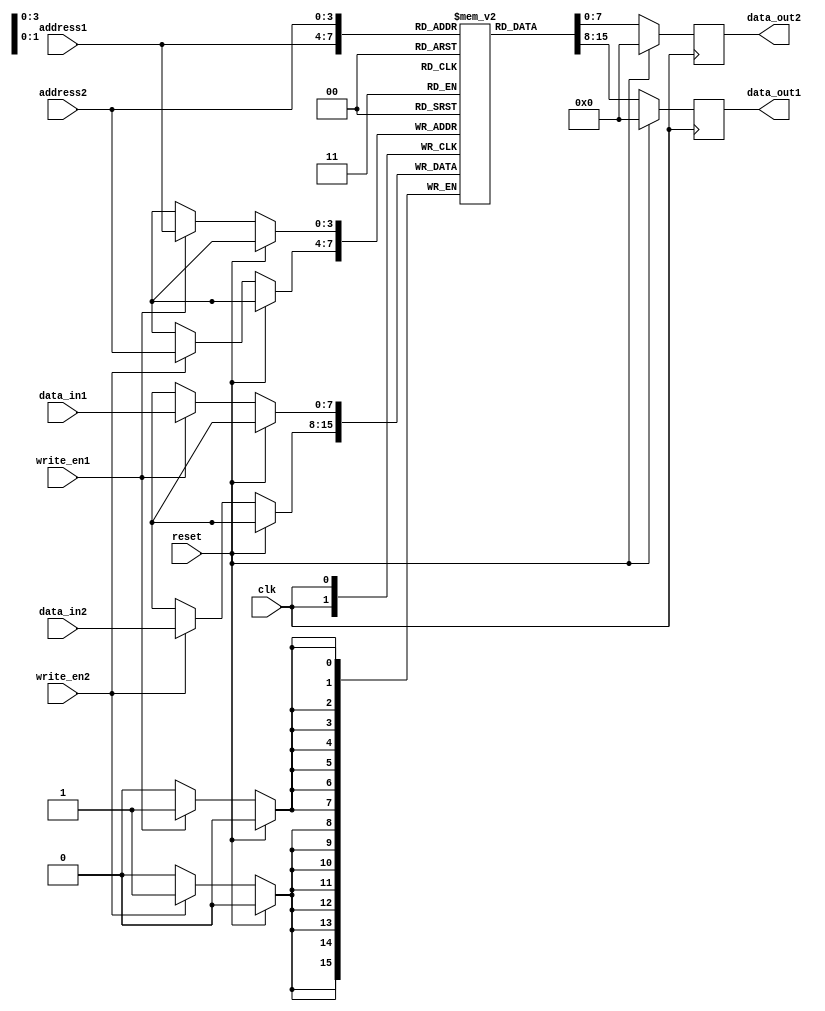
module dual_port_ram_pipeline (
    input wire clk,        // Clock signal
    input wire reset,      // Reset signal
    input wire [7:0] data_in1,  // Data input for port 1
    input wire [7:0] data_in2,  // Data input for port 2
    input wire write_en1,  // Write enable for port 1
    input wire write_en2,  // Write enable for port 2
    input wire [3:0] address1,  // Address input for port 1
    input wire [3:0] address2,  // Address input for port 2
    output reg [7:0] data_out1,  // Data output for port 1
    output reg [7:0] data_out2  // Data output for port 2
);

reg [7:0] mem [0:15];  // Dual-port RAM with 16 memory locations

always @(posedge clk) begin
    if (reset) begin
        data_out1 <= 8'b0;
        data_out2 <= 8'b0;
    end else begin
        if (write_en1) begin
            mem[address1] <= data_in1;
        end
        if (write_en2) begin
            mem[address2] <= data_in2;
        end
        data_out1 <= mem[address1];
        data_out2 <= mem[address2];
    end
end

endmodule